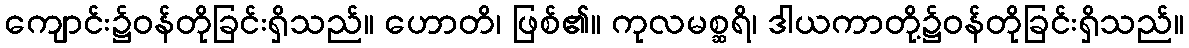
ကျောင်း၌ဝန်တိုခြင်းရှိသည်။ ဟောတိ၊ ဖြစ်၏။ ကုလမစ္ဆရိ၊ ဒါယကာတို့၌ဝန်တိုခြင်းရှိသည်။